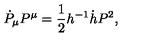
\dot { P } _ { \mu } P ^ { \mu } = { \frac { 1 } { 2 } } h ^ { - 1 } \dot { h } P ^ { 2 } ,